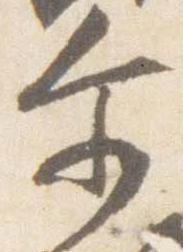
示